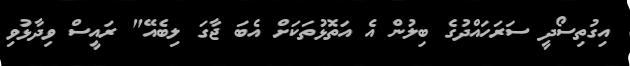
އިގުތިސޯދީ ސަރަހައްދުގެ ބިލުން އެ އަތޮޅުތަކަށް އެބަ ޖާގަ ލިބެއޭ" ރައީސް ވިދާޅުވި